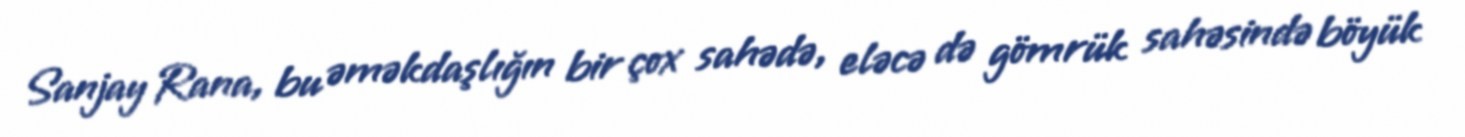
Sanjay Rana, bu əməkdaşlığın bir çox sahədə, eləcə də gömrük sahəsində böyük